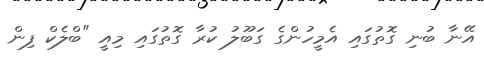
އޭނާ ބުނި ގޮތުގައި އެމީހުންގެ ގަބޫލު ކުރާ ގޮތުގައި މިއީ "ބްލެކް ފިން